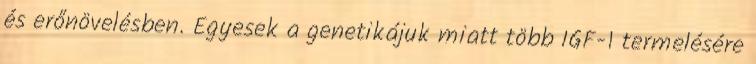
és erőnövelésben. Egyesek a genetikájuk miatt több IGF-1 termelésére